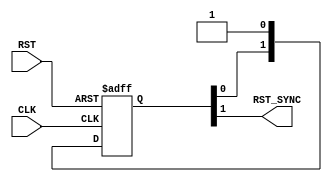
module RST_SYNC #(
    parameter NUM_STAGES = 2
) (
    input                                      CLK,
    input                                      RST,
    output                                     RST_SYNC
);
integer i;
reg [NUM_STAGES-1:0] Q;
    always @(posedge CLK, negedge RST ) 
        begin
            if (!RST) 
                begin
                    Q <=0;
                end 
            else 
                begin
                    Q[0] <= 1;
                    for (i = 1;i<NUM_STAGES ;i=i+1 ) 
                        begin
                            Q[i]<=Q[i-1];
                        end 
                end
            
        end
    assign RST_SYNC = Q[NUM_STAGES-1];
endmodule